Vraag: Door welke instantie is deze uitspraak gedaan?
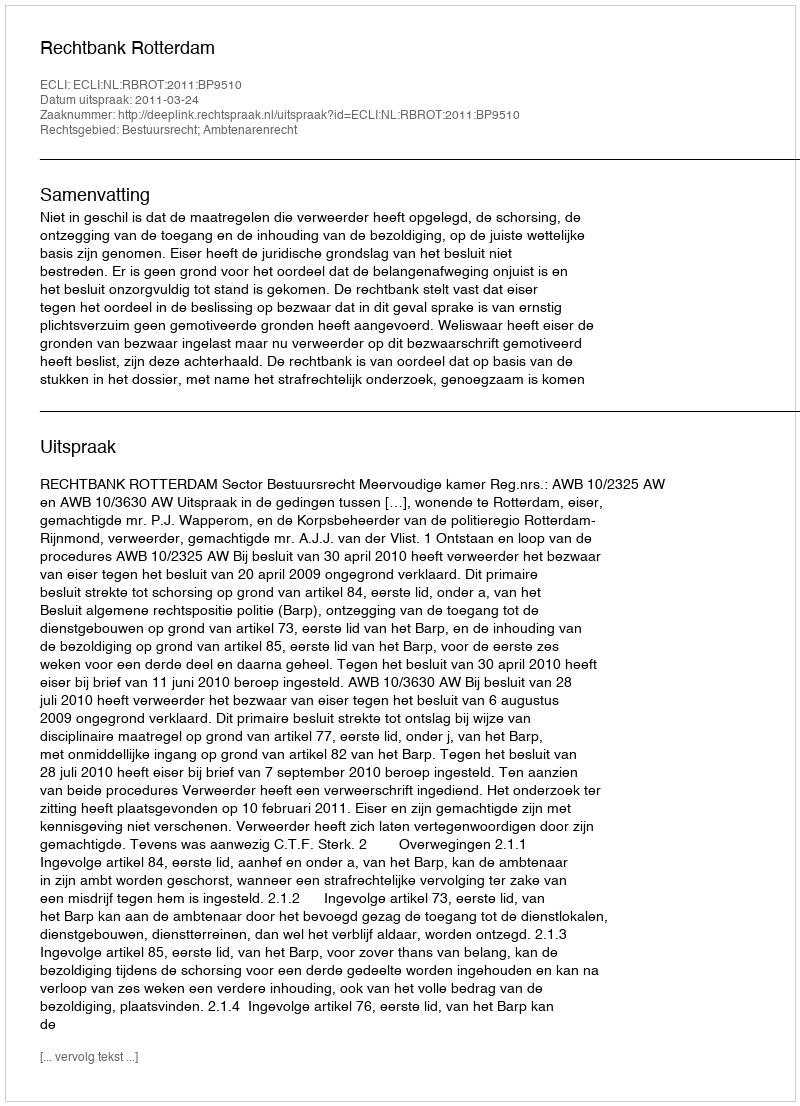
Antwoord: Rechtbank Rotterdam